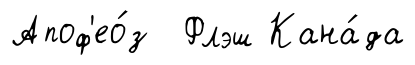
Апоф'ео́з Флэш Кана́да